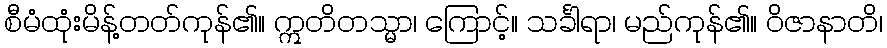
စီမံထုံးမိန့်တတ်ကုန်၏။ ဣတိတသ္မာ၊ ကြောင့်။ သင်္ခါရာ၊ မည်ကုန်၏။ ဝိဇာနာတိ၊